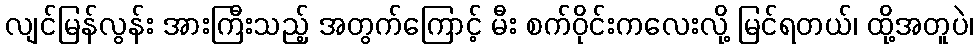
လျင်မြန်လွန်း အားကြီးသည့် အတွက်ကြောင့် မီး စက်ဝိုင်းကလေးလို့ မြင်ရတယ်၊ ထို့အတူပဲ၊